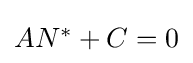
{\textstyle AN^{\ast }+C=0}